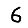
Digit: 6